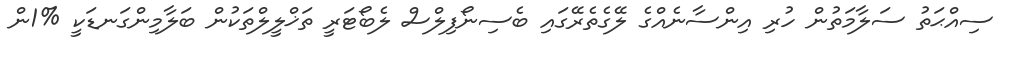
ސިއްޙަތު ސަލާމަތުން ހުރި އިންސާނެއްގެ ލޭގެތެރޭގައި ބެސިނޯފިލްސް ލެބޯޓަރީ ތަޚްލީލްތަކުން ބަލާމިންގަނޑަކީ %1ން